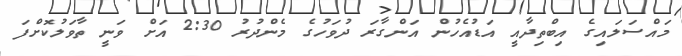
މައްސަލައިގެ އިބްތިދާއީ އަޑުއެހުން އަންގާރަ ދުވަހުގެ މެންދުރު 2:30 އަށް ވަނީ ތާވަލުކޮށްފަ